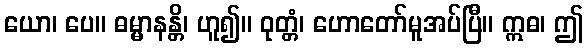
ယော၊ ပေ။ ဓမ္မာနန္တိ၊ ဟူ၍။ ဝုတ္တံ၊ ဟောတော်မူအပ်ပြီ။ ဣဓ၊ ဤ